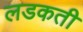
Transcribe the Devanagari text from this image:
लडकती